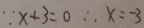
\because x + 3 = 0 \therefore x = - 3